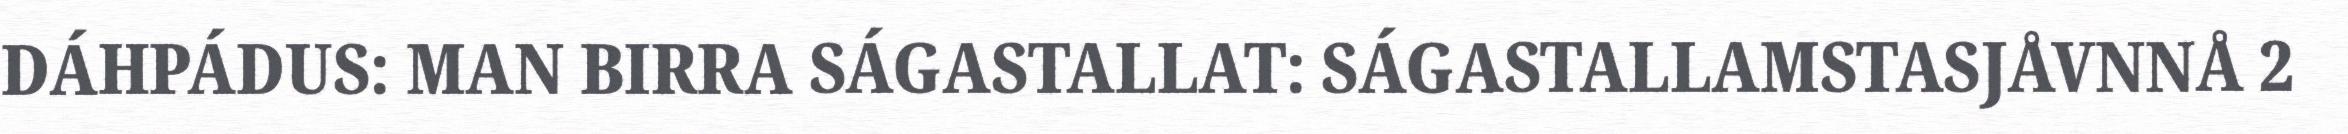
DÁHPÁDUS: MAN BIRRA SÁGASTALLAT: SÁGASTALLAMSTASJÅVNNÅ 2